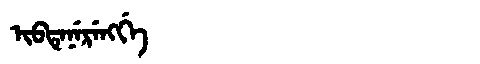
Manchu: ᡳᠪᡨᡝᠨᡝᡵᡝᠩᡤᡝ
Romanization: IBTENERENGGE